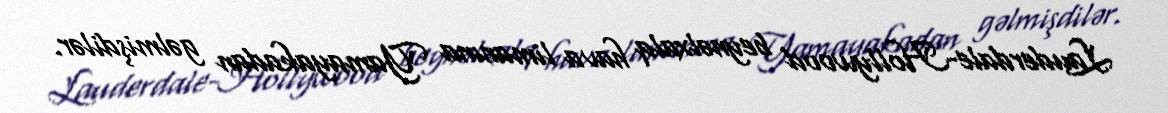
Lauderdale-Hollywood beynəlxalq hava limanına Yamayakadan gəlmişdilər.